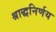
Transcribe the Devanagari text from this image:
श्राद्धनिर्णय